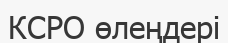
КСРО өлеңдері